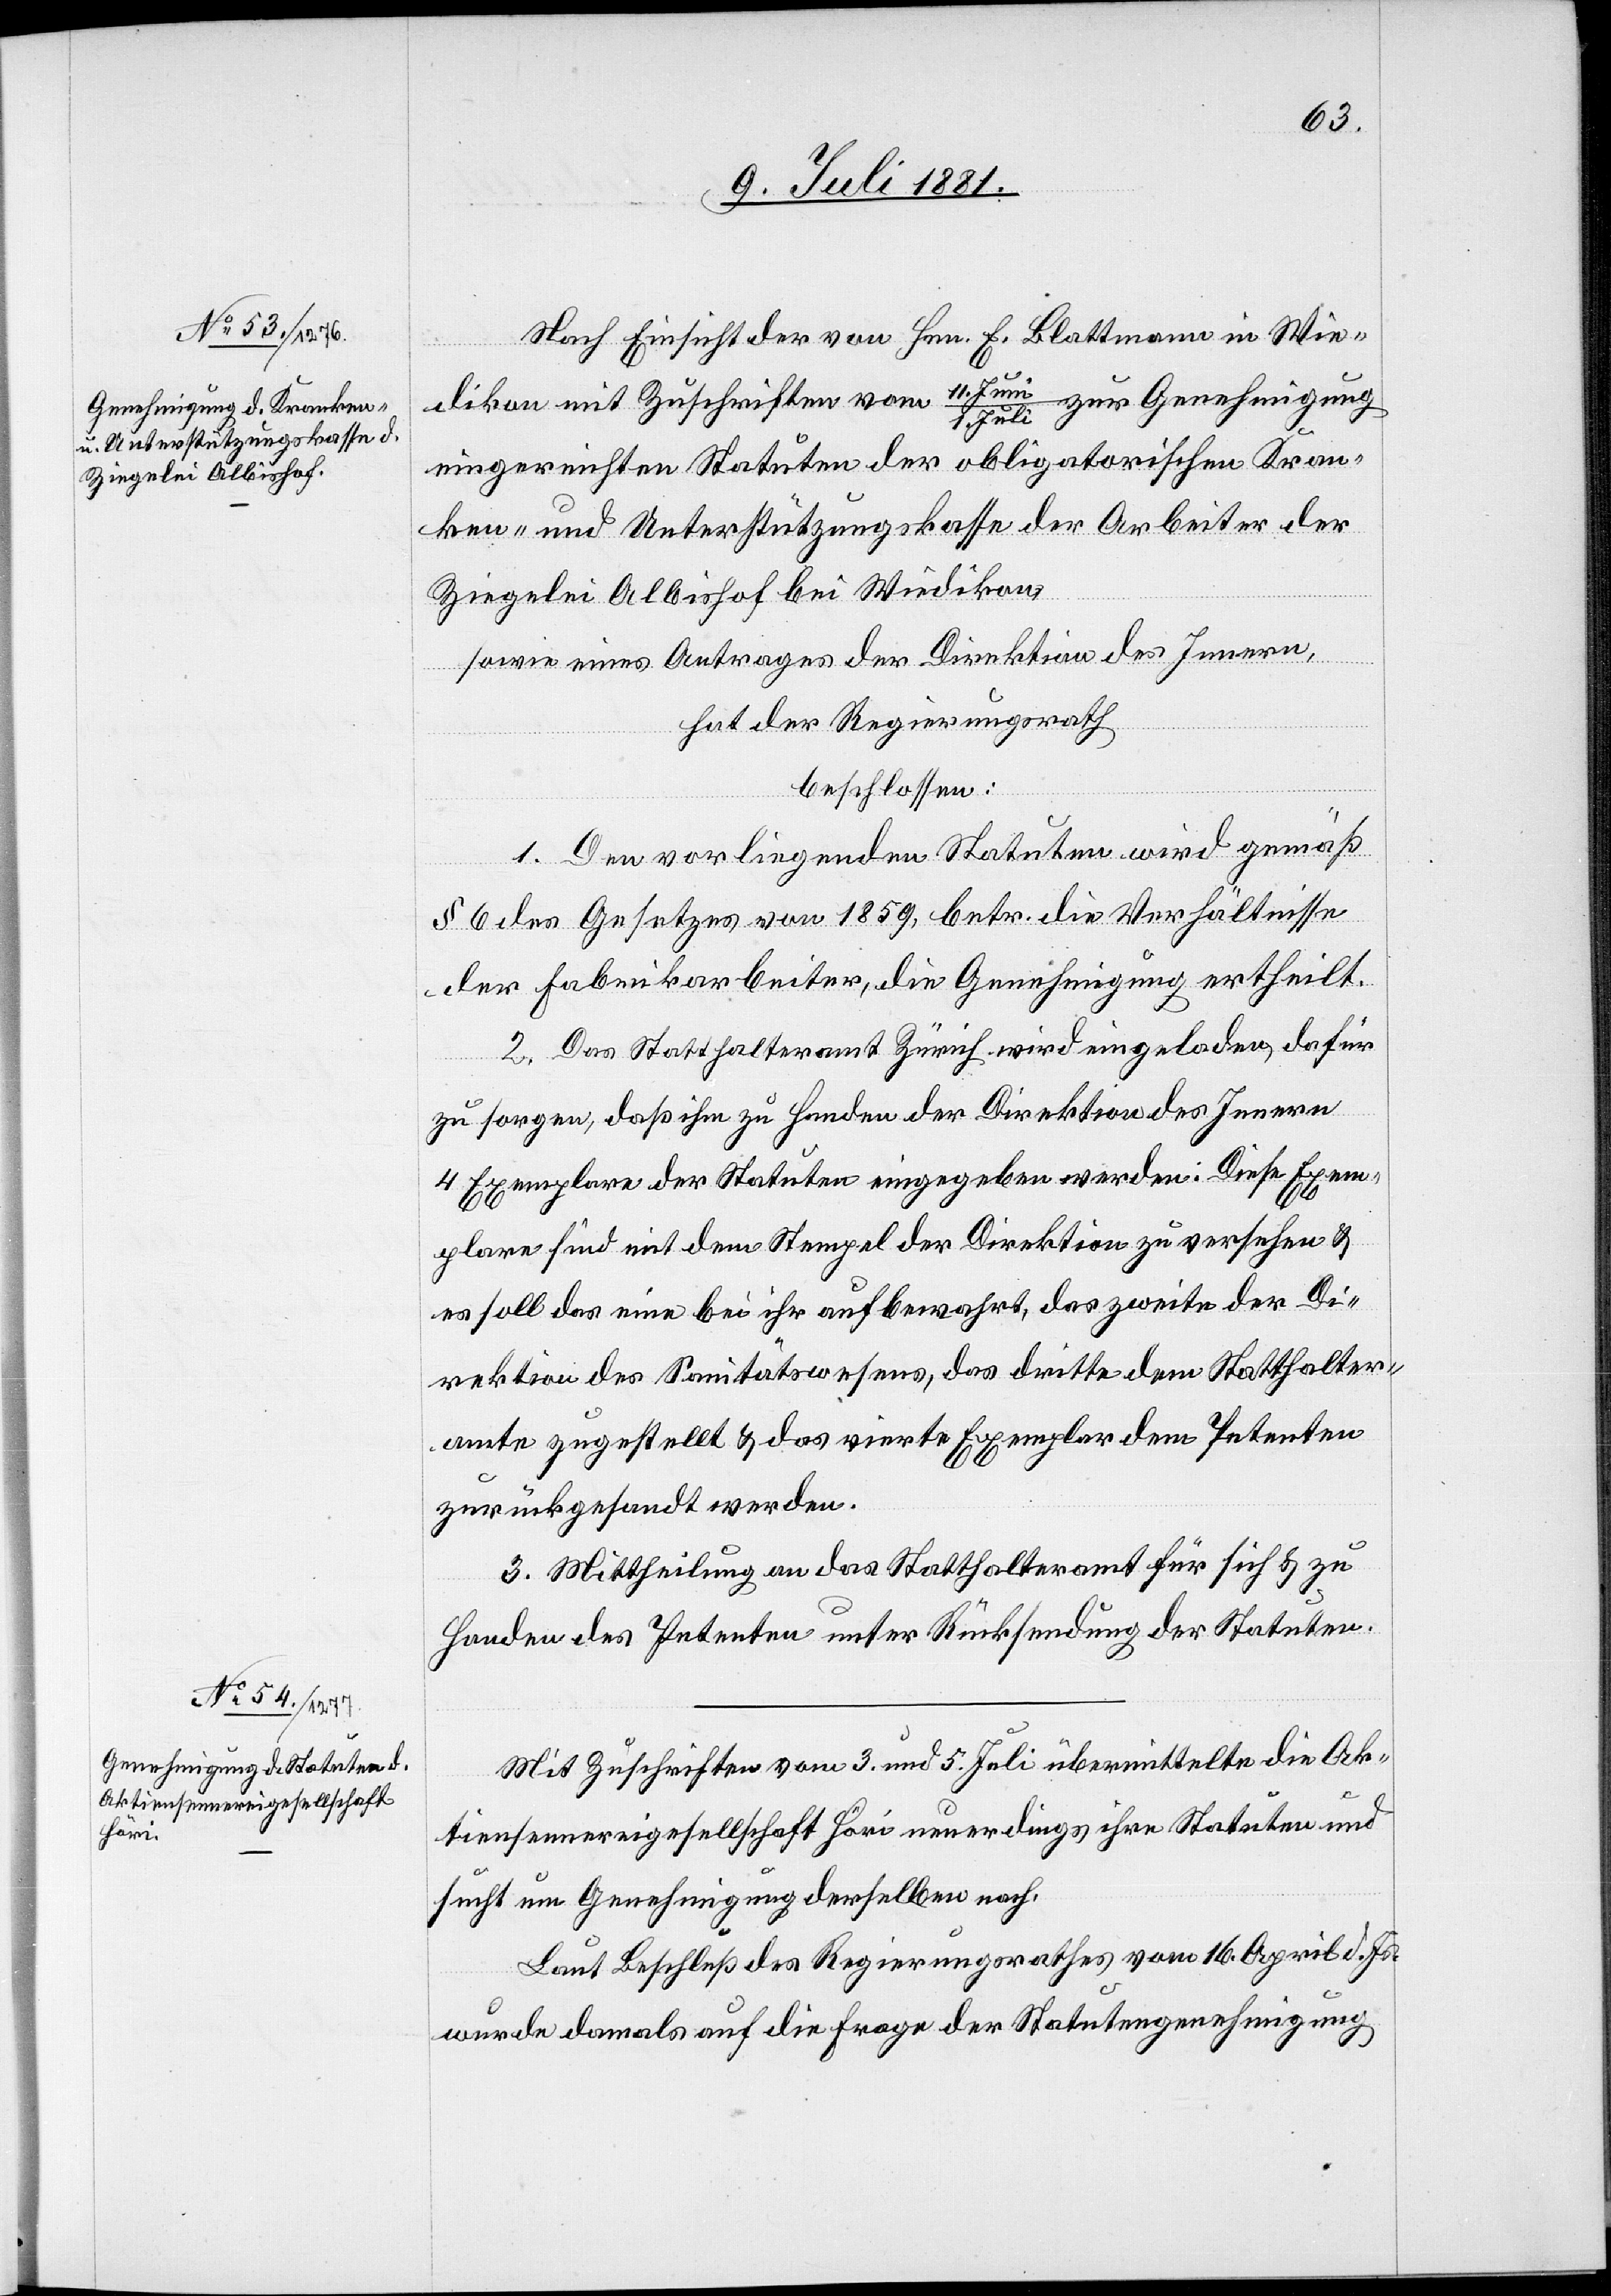
Nach Einsicht der von Hrn. E. Blattmann in Wie¬
zur Genehmigung
dikon mit Zuschrift vom 11. Jun¬
eingereichten Statuten der obligatorischen Kran¬
ken- und Unterstützungskasse der Arbeiter der
Ziegelei Albishof bei Wiedikon,
sowie eines Antrages der Direktion des Innern,
hat der Regierungsrath
beschlossen:
1. Den vorliegenden Statuten wird gemäß
Juli
§ 6 des Gesetzes von 1859, betr. die Verhältnisse
der Fabrikarbeiter, die Genehmigung ertheilt.
2. Das Statthalteramt Zürich wird eingeladen, dafür
zu sorgen, daß ihm zu Handen der Direktion des Innern
4 Exemplare der Statuten eingegeben werden. Diese Exem¬
plare sind mit dem Stempel der Direktion zu versehen &
es soll das eine bei ihr aufbewahrt, das zweite der Di¬
rektion des Sanitätswesens, das dritte dem Statthalter¬
amte zugestellt & das vierte Exemplar dem Petenten
zurückgesandt werden.
3. Mittheilung an das Statthalteramt für sich & zu
Handen des Petenten unter Rücksendung der Statuten.
Mit Zuschriften vom 3. und 5. Juli übermittelte die Ak¬
tiensennereigesellschaft Höri neuerdings ihre Statuten und
sucht um Genehmigung derselben nach.
Laut Beschluß des Regierungsrathes vom 16. April d. Js.
wurde damals auf die Frage der Statutengenehmigung